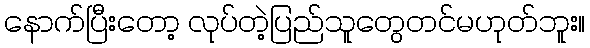
နောက်ပြီးတော့ လုပ်တဲ့ပြည်သူတွေတင်မဟုတ်ဘူး။